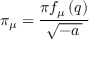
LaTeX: \pi _ { \mu } = \frac { \pi f _ { \mu } \left( q \right) } { \sqrt { - a \, } }